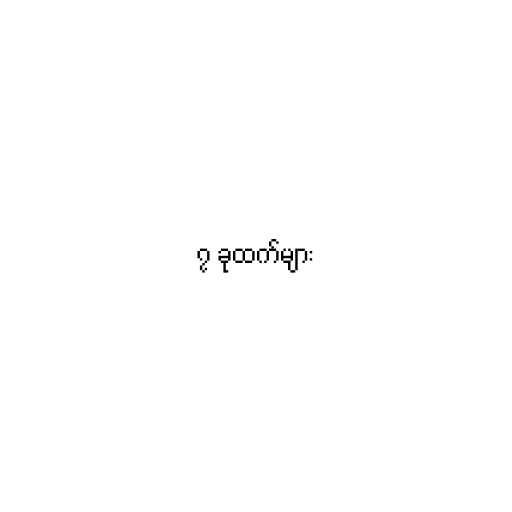
၇ ခုထက်များ